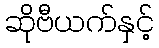
ဆိုဗီယက်နှင့်